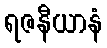
ရဇနီယာနံ